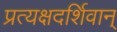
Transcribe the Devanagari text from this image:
प्रत्यक्षदर्शिवान्